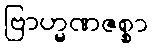
ဗြာဟ္မဏဇစ္စာ